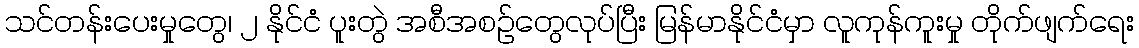
သင်တန်းပေးမှုတွေ၊ ၂ နိုင်ငံ ပူးတွဲ အစီအစဉ်တွေလုပ်ပြီး မြန်မာနိုင်ငံမှာ လူကုန်ကူးမှု တိုက်ဖျက်ရေး